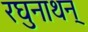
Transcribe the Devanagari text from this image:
रघुनाथन्